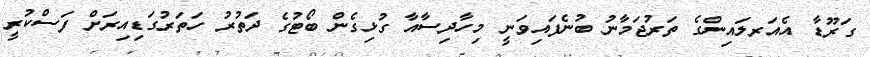
ގަރޫޑާ އެއަރލައިންގެ ތަރުޖަމާނު ބުނެފައިވަނީ މިހާދިސާއާ ގުޅިގެން ބޯޓުގެ ދަތުރު ހަތަރުގަޑިއިރަށް ފަސްކުރީ